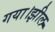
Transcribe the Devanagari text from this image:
गया।झील